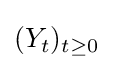
(Y_{t})_{t\geq 0}